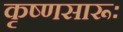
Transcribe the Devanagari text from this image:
कृष्‍णसारूः